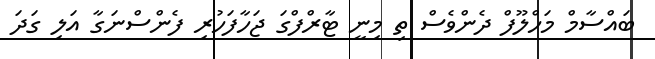
ބައްސާމް މަހްލޫފް ދެންވެސް ތި މިނީ ޓާރްފްގަ ޖަހާފަހުރި ފެންސްނަގާ އަލި ގަދަ